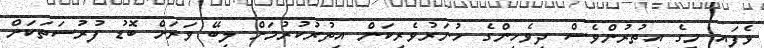
ވެފައި މީގެ އިތުރުންވެސް ދިވެހިންގެ ހުނަރުވެރިކަން އިތުރުކުރުމަށް ލިބޭ ވަރަށް ބޮޑު ފުރުސަތަކަށް